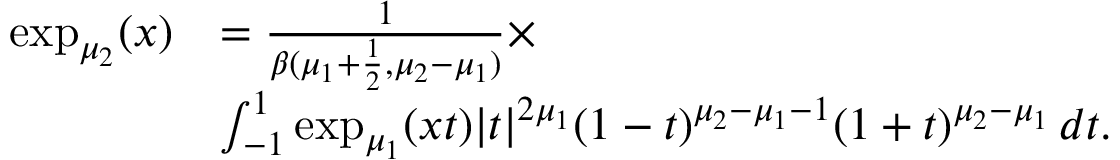
\begin{array} { r l } { \exp _ { \mu _ { 2 } } ( x ) } & { = { \frac { 1 } { \beta ( \mu _ { 1 } + \frac { 1 } { 2 } , \mu _ { 2 } - \mu _ { 1 } ) } } \times } \\ & { \int _ { - 1 } ^ { 1 } \exp _ { \mu _ { 1 } } ( x t ) | t | ^ { 2 \mu _ { 1 } } ( 1 - t ) ^ { \mu _ { 2 } - \mu _ { 1 } - 1 } ( 1 + t ) ^ { \mu _ { 2 } - \mu _ { 1 } } \, d t . } \end{array}